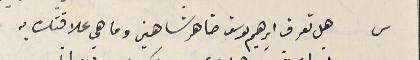
س هل تعرف ابراهيم يوسف ضاهر شاهين وما هي علاقتك به